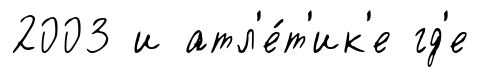
2003 и атл'е́т'ик'е гд'е